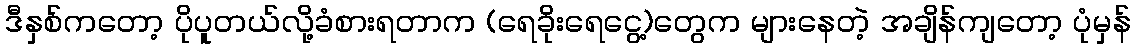
ဒီနှစ်ကတော့ ပိုပူတယ်လို့ခံစားရတာက (ရေခိုးရေငွေ့)တွေက များနေတဲ့ အချိန်ကျတော့ ပုံမှန်